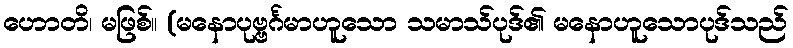
ဟောတိ၊ မဖြစ်။ (မနောပုဗ္ဗင်္ဂမာဟူသော သမာသ်ပုဒ်၏ မနောဟူသောပုဒ်သည်